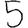
Digit: 5